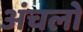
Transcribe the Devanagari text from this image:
अंचलो